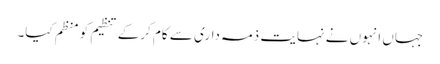
جہاں انہوں نے نہایت ذمہ داری سے کام کرکے تنظیم کو منظم کیا۔